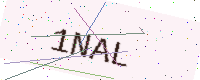
Text: 1NAL